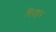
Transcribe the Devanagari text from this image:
बिरहन